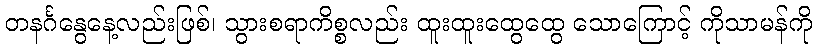
တနင်္ဂနွေနေ့လည်းဖြစ်၊ သွားစရာကိစ္စလည်း ထူးထူးထွေထွေ သောကြောင့် ကိုသာမန်ကို